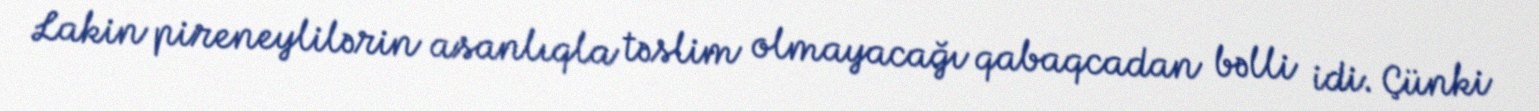
Lakin pireneylilərin asanlıqla təslim olmayacağı qabaqcadan bəlli idi. Çünki